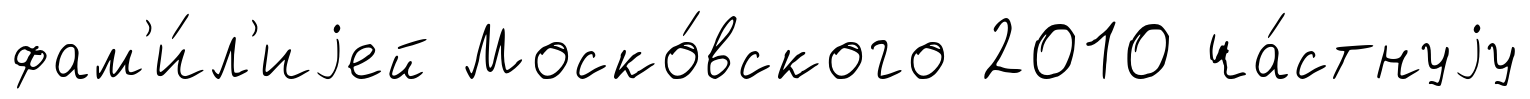
фам'и́л'иjей Моско́вского 2010 ча́стнуjу